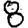
Digit: 8